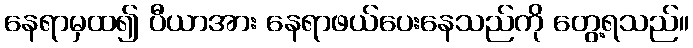
နေရာမှထ၍ ပီယာအား နေရာဖယ်ပေးနေသည်ကို တွေ့ရသည်။